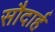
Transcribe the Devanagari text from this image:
सौदार्ह